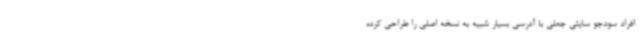
افراد سودجو سایتی جعلی با آدرسی بسیار شبیه به نسخه اصلی را طراحی کرده